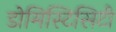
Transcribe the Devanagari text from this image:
डोमिस्टिसिटी